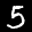
Label: 5